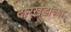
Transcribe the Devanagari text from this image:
दोरखंडाच्या